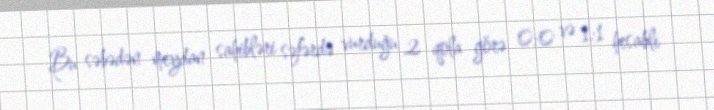
Bu səbədən meydan sahibləri səfərdə vurduğu 2 qola görə 0:0 və 1:1 hesablı